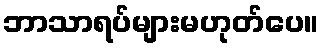
ဘာသာရပ်များမဟုတ်ပေ။